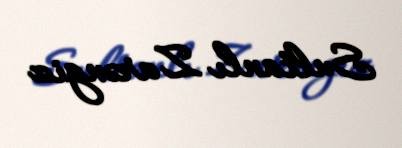
Sultanlı Zarəngiz